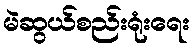
မဲဆွယ်စည်းရုံးရေး